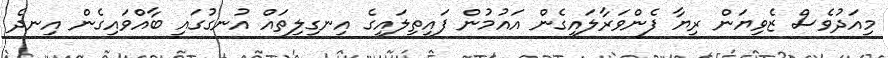
މިއަދުވެސް ޒެވިޔަން ރިޔާ ފެންވަރާލައިގެން އައުމުން ފައިތިލައިގެ އިނގިލިތައް އުނގުގައި ބާއްވައިގެން އިނދެ